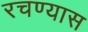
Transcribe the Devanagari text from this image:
रचण्यास